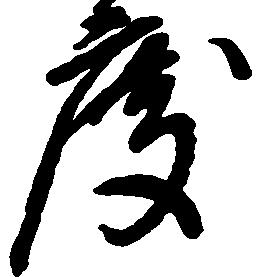
度